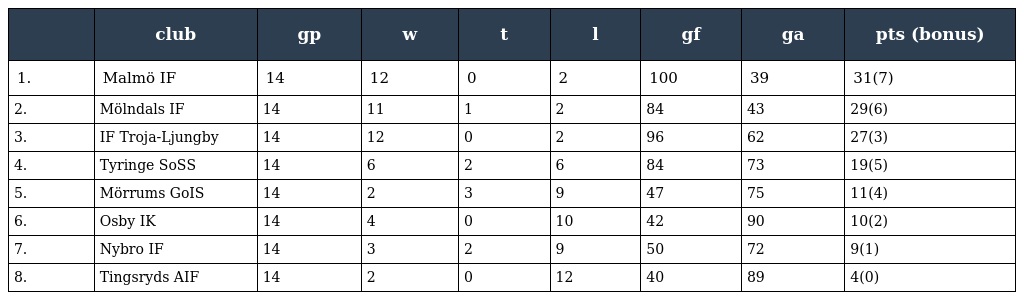
|  | club | gp | w | t | l | gf | ga | pts (bonus) |
 | --- | --- | --- | --- | --- | --- | --- | --- | --- |
 | 1. | Malmö IF | 14 | 12 | 0 | 2 | 100 | 39 | 31(7) |
 | 2. | Mölndals IF | 14 | 11 | 1 | 2 | 84 | 43 | 29(6) |
 | 3. | IF Troja-Ljungby | 14 | 12 | 0 | 2 | 96 | 62 | 27(3) |
 | 4. | Tyringe SoSS | 14 | 6 | 2 | 6 | 84 | 73 | 19(5) |
 | 5. | Mörrums GoIS | 14 | 2 | 3 | 9 | 47 | 75 | 11(4) |
 | 6. | Osby IK | 14 | 4 | 0 | 10 | 42 | 90 | 10(2) |
 | 7. | Nybro IF | 14 | 3 | 2 | 9 | 50 | 72 | 9(1) |
 | 8. | Tingsryds AIF | 14 | 2 | 0 | 12 | 40 | 89 | 4(0) |